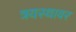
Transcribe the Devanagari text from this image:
त्रयस्थावर